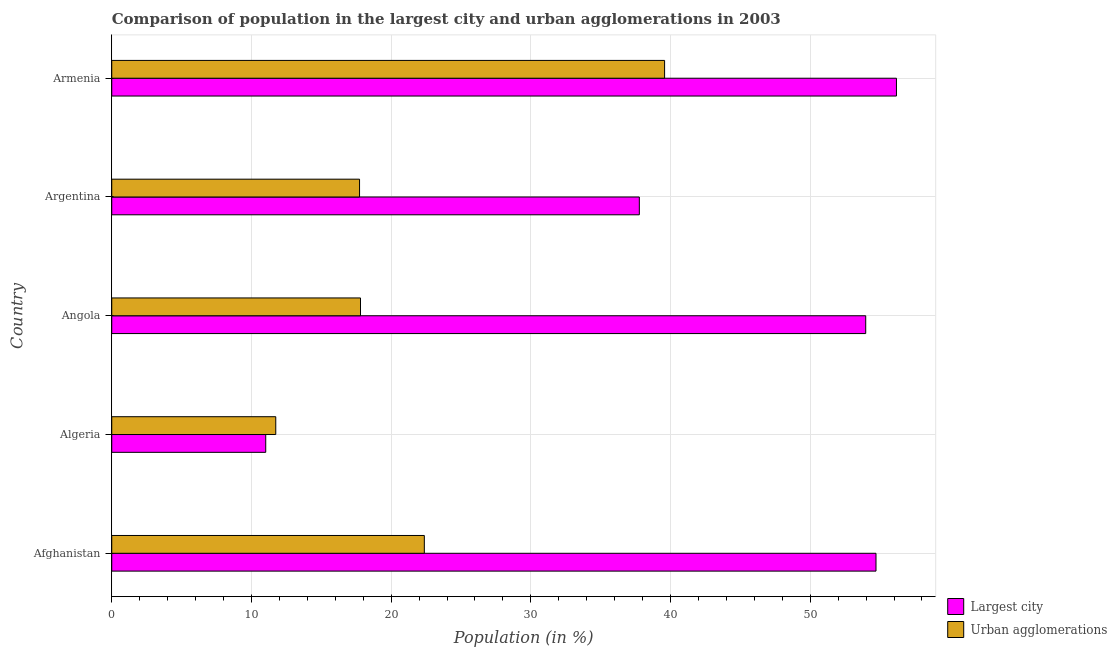
| Country | Largest city | Urban agglomerations |
 | --- | --- | --- |
 | Afghanistan | 54.7 | 22.4 |
 | Algeria | 11 | 11.7 |
 | Angola | 54 | 17.8 |
 | Argentina | 37.8 | 17.7 |
 | Armenia | 56.2 | 39.6 |